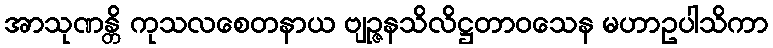
အာသုဏန္တိ ကုသလစေတနာယ ဗျဉ္ဇနသိလိဋ္ဌတာဝသေန မဟာဥပါသိကာ